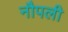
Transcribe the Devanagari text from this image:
नौपली